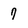
Character: 7